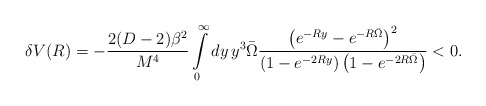
\begin{align*}\delta V(R)=-\frac{2(D-2)\beta^2}{M^4}\int\limits_0^{\infty}dy \,y^3 \bar\Omega\frac{\left(e^{-R y}-e^{-R\bar\Omega}\right)^2}{\left(1-e^{-2 R y}\right)\left(1-e^{-2R\bar\Omega}\right)}<0.\end{align*}